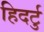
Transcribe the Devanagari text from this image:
हिदर्टु